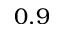
0 . 9